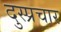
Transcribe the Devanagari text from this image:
दुस्प्रचार